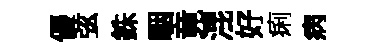
優弦銖駰竟混好痢病